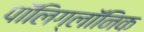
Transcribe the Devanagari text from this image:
पॉलिग्लॉनिक